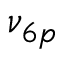
\nu _ { 6 p }